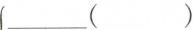
___（ ）